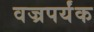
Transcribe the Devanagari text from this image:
वज्रपर्यंक